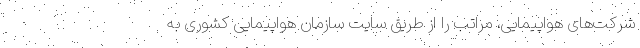
شرکت‌های هواپیمایی، مراتب را از طریق سایت سازمان هواپیمایی کشوری به